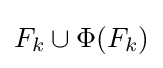
F_{k}\cup \Phi (F_{k})